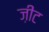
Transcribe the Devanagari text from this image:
ज़ीट